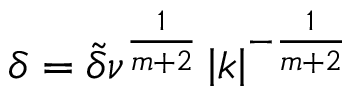
\delta = \tilde { \delta } \nu ^ { \frac { 1 } { m + 2 } } \left\lvert k \right\rvert ^ { - \frac { 1 } { m + 2 } }